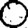
Digit: 0